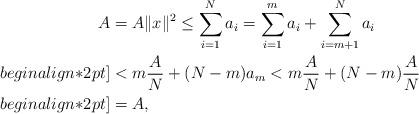
LaTeX: \begin{align*}A&=A\|x\|^{2}\leq\sum\limits_{i=1}^{N}a_{i}=\sum\limits_{i=1}^{m}a_{i}+\sum\limits_{i=m+1}^{N}a_{i}\\begin{align*}2 pt]&<m\frac{A}{N}+(N-m)a_{m}<m\frac{A}{N}+(N-m)\frac{A}{N}\\begin{align*}2 pt]&=A,\end{align*}